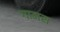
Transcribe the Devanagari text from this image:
गामस